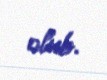
olub.